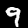
Digit: 9